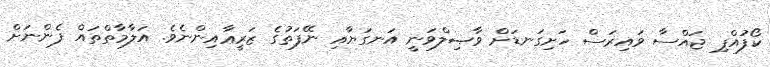
ކޯފުއްޕި ޖައްސާ ވައިރަސް ހަށިގަނޑަށް ވާޞިލްވަނީ އަނގަޔާއި ނޭފަތުގެ ޒަރީޢާއިންނެވެ. އަލާމާތްތައް ފެންނަށް